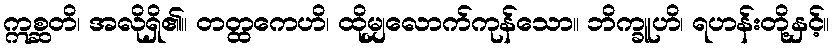
ဣစ္ဆတိ၊ အလိုရှိ၏။ တတ္ထကေဟိ၊ ထိုမျှလောက်ကုန်သော။ ဘိက္ခူဟိ၊ ရဟန်းတို့နှင့်။